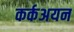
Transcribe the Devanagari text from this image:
कर्कअयन